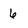
Character: 6